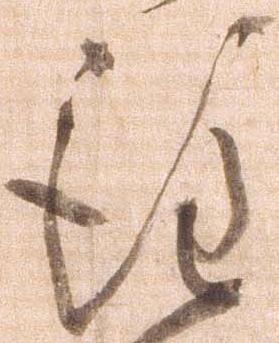
注